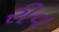
રીવ